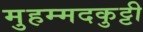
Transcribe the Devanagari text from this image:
मुहम्मदकुट्टी